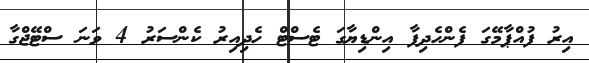
އިރު ފުއްޕާމޭގަ ފެންހެދިފާ އިންޑިޔާގަ ޓެސްޓް ހެދިއިރު ކެންސަރު 4 ވަނަ ސްޓޭޖްގާ